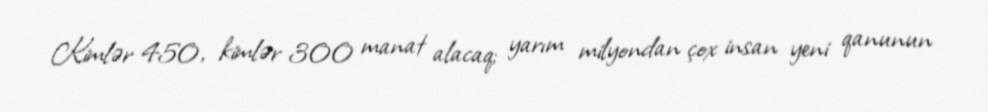
Kimlər 450, kimlər 300 manat alacaq; yarım milyondan çox insan yeni qanunun